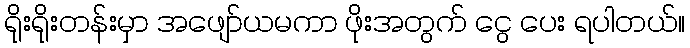
ရိုးရိုးတန်းမှာ အဖျော်ယမကာ ဖိုးအတွက် ငွေ ပေး ရပါတယ်။